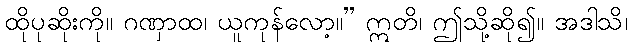
ထိုပုဆိုးကို။ ဂဏှာထ၊ ယူကုန်လော့။” ဣတိ၊ ဤသို့ဆို၍။ အဒါသိ၊